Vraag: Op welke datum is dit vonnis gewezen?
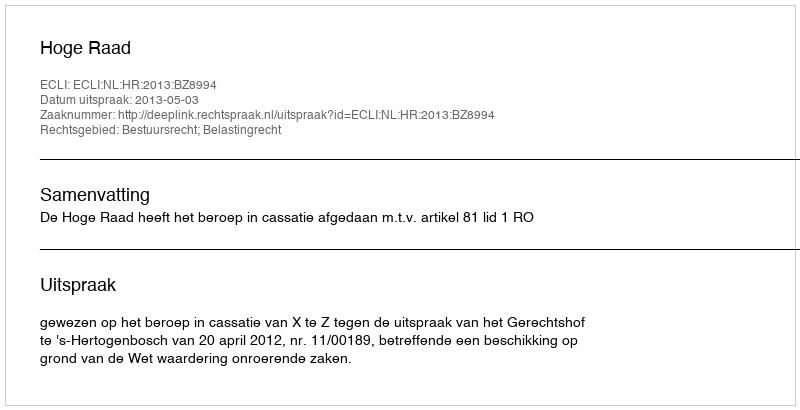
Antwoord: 2013-05-03